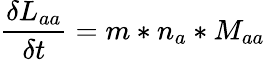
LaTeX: \frac{\delta L_{aa}}{\delta t}=m*n_{a}*M_{aa}